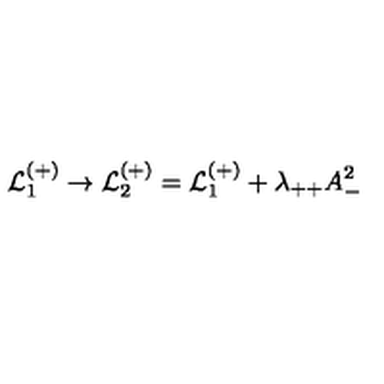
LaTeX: { \cal L } _ { 1 } ^ { ( + ) } \rightarrow { \cal L } _ { 2 } ^ { ( + ) } = { \cal L } _ { 1 } ^ { ( + ) } + \lambda _ { + + } A _ { - } ^ { 2 }